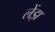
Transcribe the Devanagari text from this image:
लेंझ